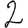
Digit: 2